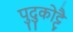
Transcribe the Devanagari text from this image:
पुदुकोट्टै